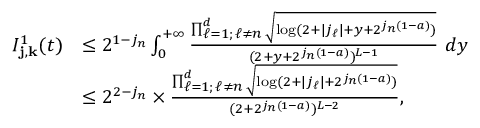
\begin{array} { r l } { I _ { \mathbf { j } , \mathbf { k } } ^ { 1 } ( t ) } & { \leq 2 ^ { 1 - j _ { n } } \int _ { 0 } ^ { + \infty } \frac { \prod _ { \substack { \ell = 1 ; \, \ell \neq n } } ^ { d } \sqrt { \log ( 2 + | j _ { \ell } | + y + 2 ^ { j _ { n } ( 1 - a ) } ) } } { ( 2 + y + 2 ^ { j _ { n } ( 1 - a ) } ) ^ { L - 1 } } \, \, d y } \\ & { \leq 2 ^ { 2 - j _ { n } } \times \frac { \prod _ { \substack { \ell = 1 ; \, \ell \neq n } } ^ { d } \sqrt { \log ( 2 + | j _ { \ell } | + 2 ^ { j _ { n } ( 1 - a ) } ) } } { ( 2 + 2 ^ { j _ { n } ( 1 - a ) } ) ^ { L - 2 } } , } \end{array}